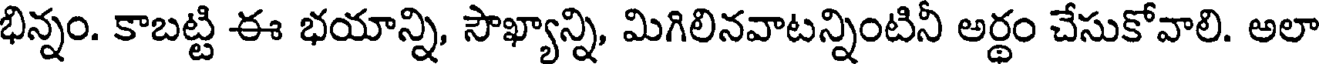
భిన్నం. కాబట్టి ఈ భయాన్ని, సౌఖ్యాన్ని, మిగిలినవాటన్నింటినీ అర్థం చేసుకోవాలి. అలా